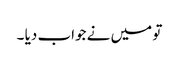
تو میں نے جواب دیا ۔